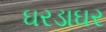
ઘરડાઘર